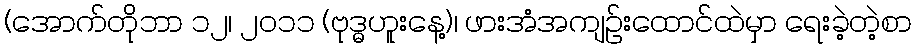
(အောက်တိုဘာ ၁၂၊ ၂၀၁၁ (ဗုဒ္ဓဟူးနေ့)၊ ဖားအံအကျဉ်းထောင်ထဲမှာ ရေးခဲ့တဲ့စာ